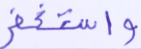
واستغفر